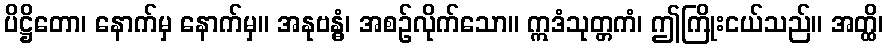
ပိဋ္ဌိတော၊ နောက်မှ နောက်မှ။ အနုဗန္ဓံ၊ အစဉ်လိုက်သော။ ဣဒံသုတ္တကံ၊ ဤကြိုးငယ်သည်။ အတ္ထိ၊